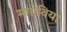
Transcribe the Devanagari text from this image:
मारोविया